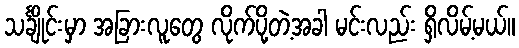
သင်္ချိုင်းမှာ အခြားလူတွေ လိုက်ပို့တဲ့အခါ မင်းလည်း ရှိလိမ့်မယ်။